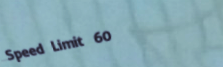
Speed Limit 60